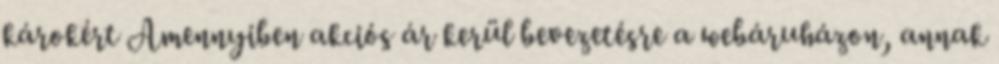
károkért Amennyiben akciós ár kerül bevezetésre a webáruházon, annak